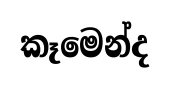
කෑමෙන්ද